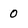
Character: 0